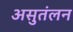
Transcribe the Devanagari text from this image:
असुतंलन